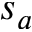
s _ { a }